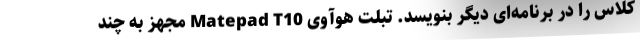
کلاس را در برنامه‌ای دیگر بنویسد. تبلت هوآوی Matepad T10 مجهز به چند